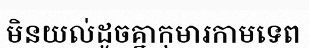
មិនយល់ដូចគ្នាកុមារកាមទេព